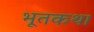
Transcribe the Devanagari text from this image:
भूतकथा